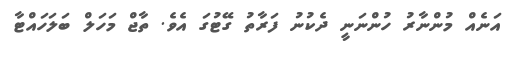
އަނެއް މުންނާރު ހުންނަނީ ދެކުނު ފަރާތު ގޭޓުގަ އެވެ. ތާޖް މަހަލް ބަލަހައްޓާ